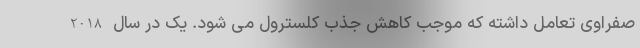
صفراوی تعامل داشته که موجب کاهش جذب کلسترول می شود. یک در سال 2018